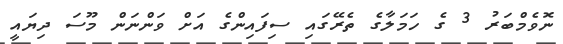
ނޮވެމްބަރު 3 ގެ ހަމަލާގެ ތެރޭގައި ސިފައިންގެ އަށް ވަންނަން މޫސަ ދިޔައީ